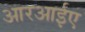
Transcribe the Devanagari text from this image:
आरआईए